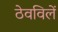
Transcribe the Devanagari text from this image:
ठेवविलें